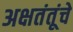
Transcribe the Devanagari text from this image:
अक्षतंतूंचे